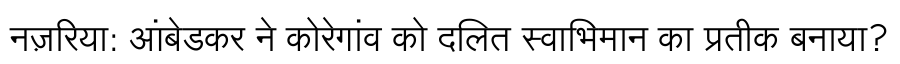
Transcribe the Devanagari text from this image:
नज़रिया: आंबेडकर ने कोरेगांव को दलित स्वाभिमान का प्रतीक बनाया?